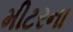
મીટરના